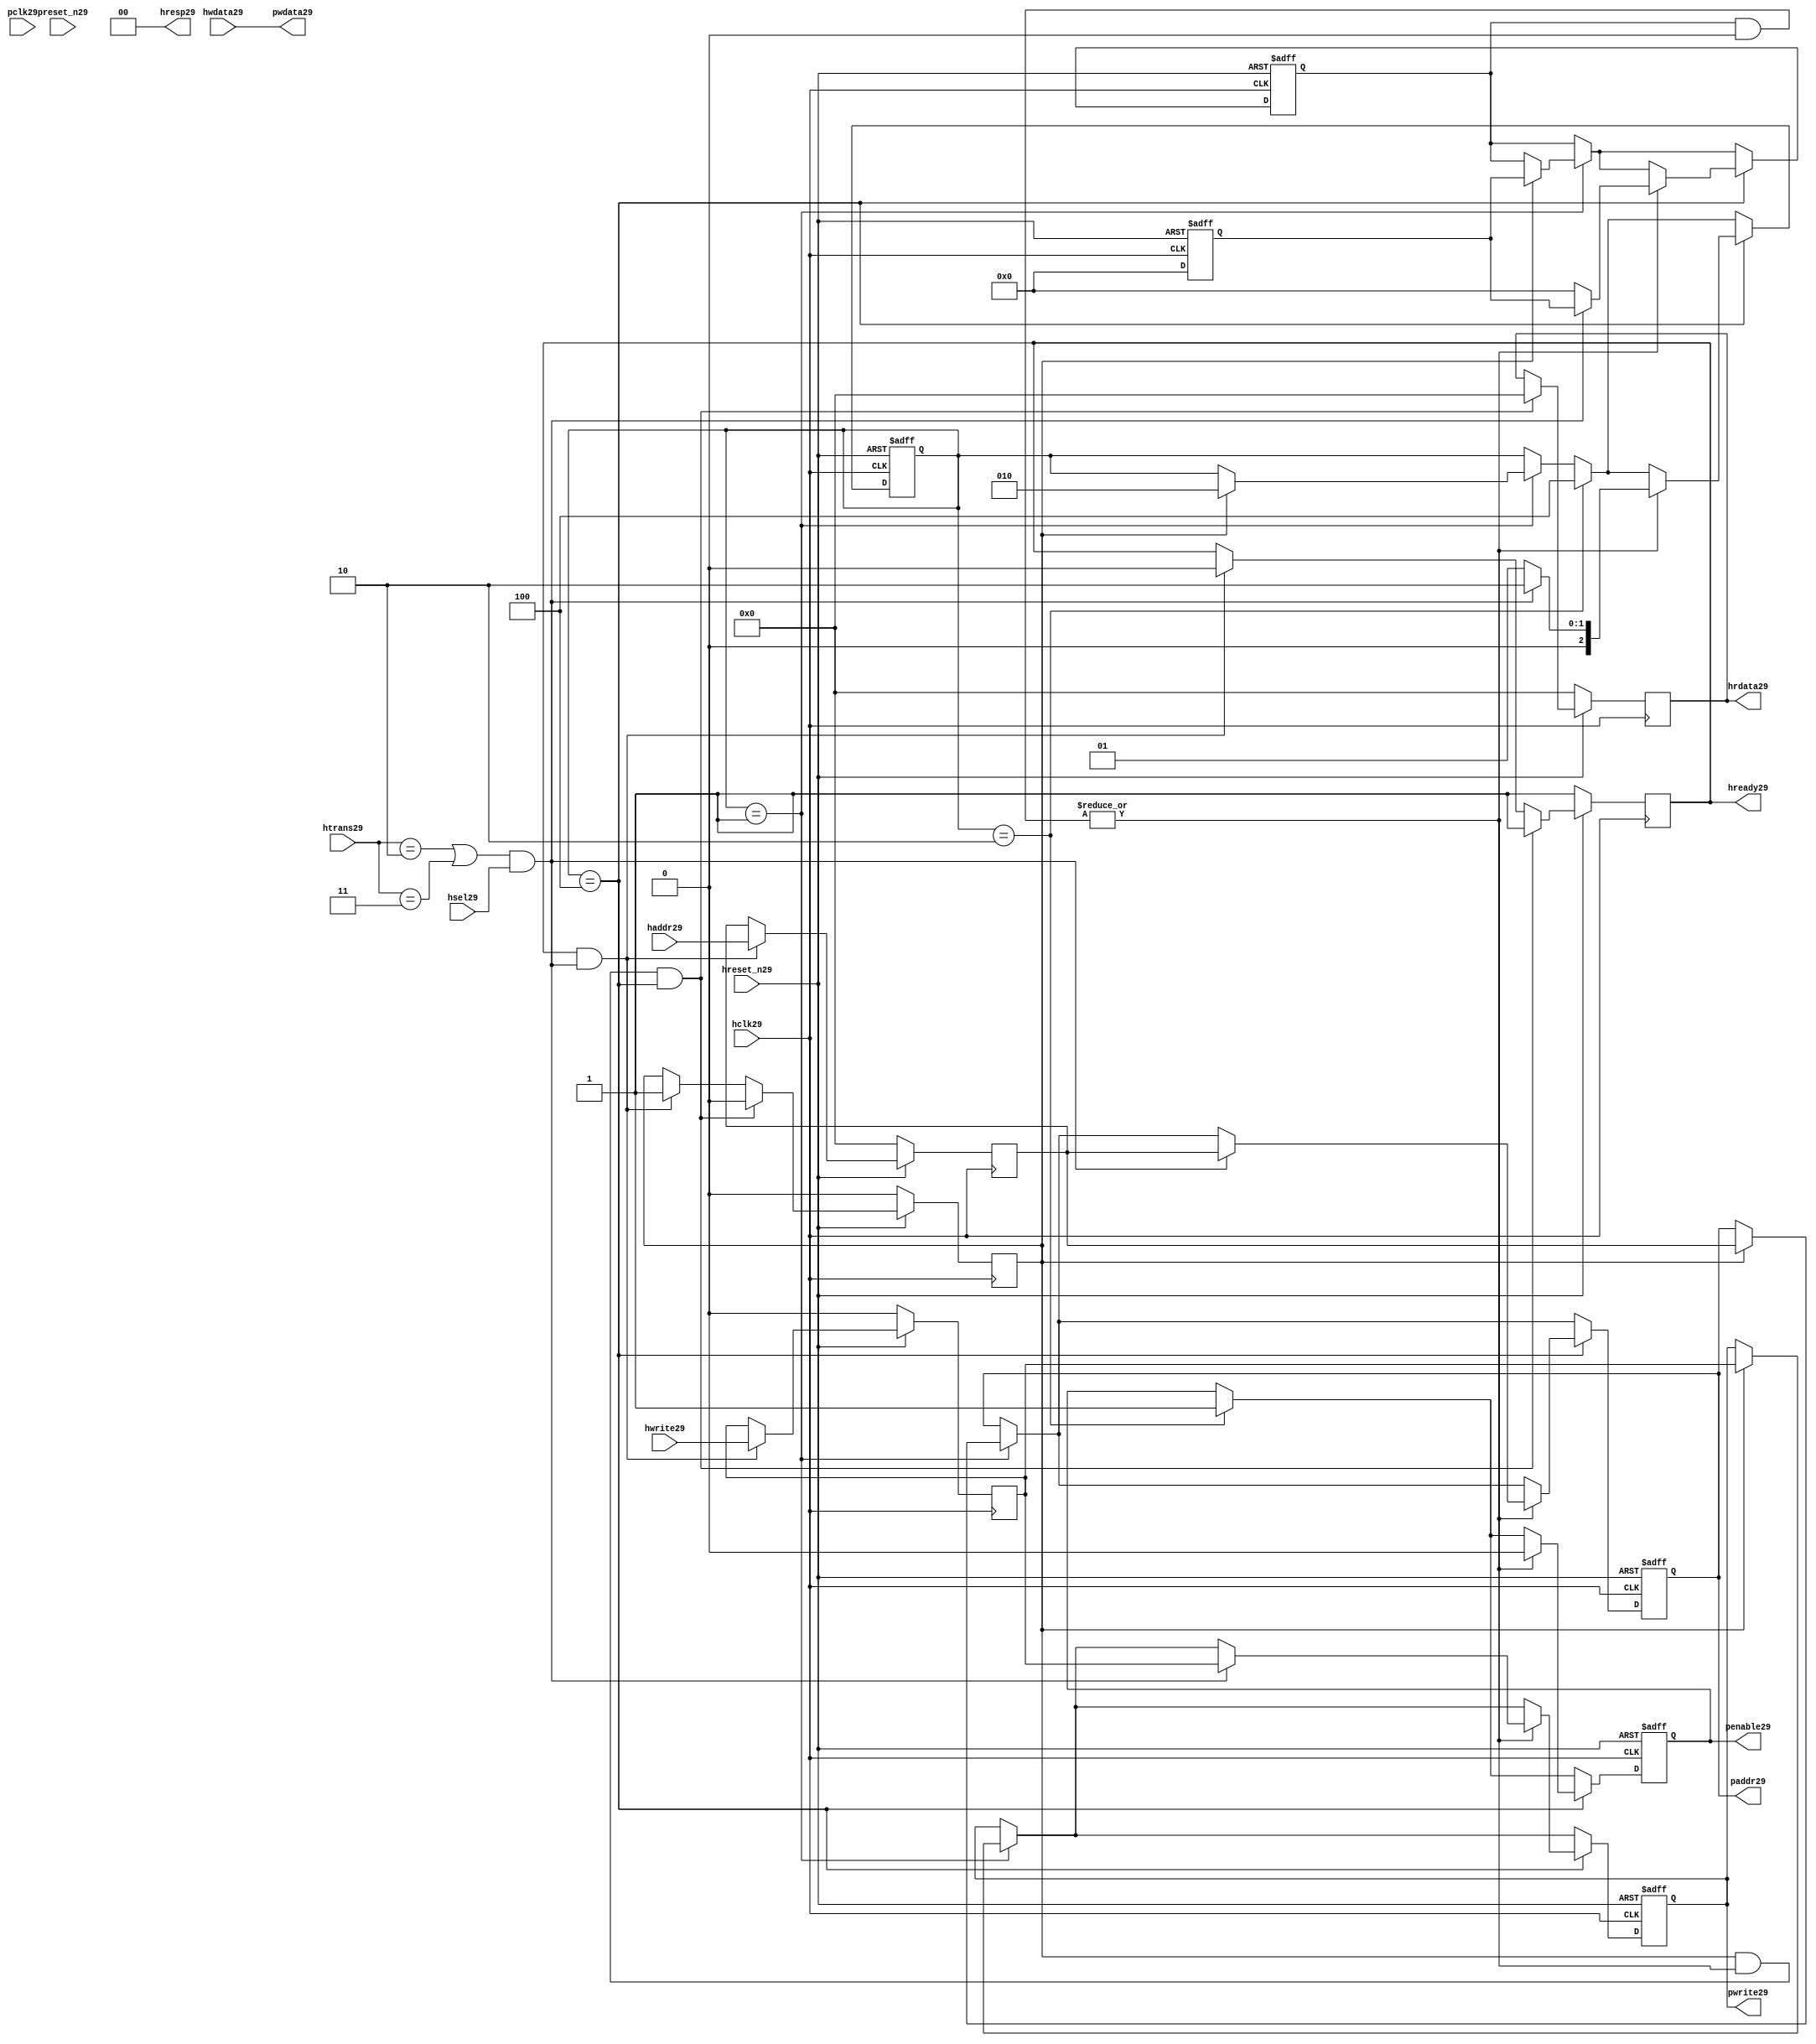
module ahb2apb29
(
  // AHB29 signals29
  hclk29,
  hreset_n29,
  hsel29,
  haddr29,
  htrans29,
  hwdata29,
  hwrite29,
  hrdata29,
  hready29,
  hresp29,
  
  // APB29 signals29 common to all APB29 slaves29
  pclk29,
  preset_n29,
  paddr29,
  penable29,
  pwrite29,
  pwdata29
  
  // Slave29 0 signals29
  `ifdef APB_SLAVE029
  ,psel029
  ,pready029
  ,prdata029
  `endif
  
  // Slave29 1 signals29
  `ifdef APB_SLAVE129
  ,psel129
  ,pready129
  ,prdata129
  `endif
  
  // Slave29 2 signals29
  `ifdef APB_SLAVE229
  ,psel229
  ,pready229
  ,prdata229
  `endif
  
  // Slave29 3 signals29
  `ifdef APB_SLAVE329
  ,psel329
  ,pready329
  ,prdata329
  `endif
  
  // Slave29 4 signals29
  `ifdef APB_SLAVE429
  ,psel429
  ,pready429
  ,prdata429
  `endif
  
  // Slave29 5 signals29
  `ifdef APB_SLAVE529
  ,psel529
  ,pready529
  ,prdata529
  `endif
  
  // Slave29 6 signals29
  `ifdef APB_SLAVE629
  ,psel629
  ,pready629
  ,prdata629
  `endif
  
  // Slave29 7 signals29
  `ifdef APB_SLAVE729
  ,psel729
  ,pready729
  ,prdata729
  `endif
  
  // Slave29 8 signals29
  `ifdef APB_SLAVE829
  ,psel829
  ,pready829
  ,prdata829
  `endif
  
  // Slave29 9 signals29
  `ifdef APB_SLAVE929
  ,psel929
  ,pready929
  ,prdata929
  `endif
  
  // Slave29 10 signals29
  `ifdef APB_SLAVE1029
  ,psel1029
  ,pready1029
  ,prdata1029
  `endif
  
  // Slave29 11 signals29
  `ifdef APB_SLAVE1129
  ,psel1129
  ,pready1129
  ,prdata1129
  `endif
  
  // Slave29 12 signals29
  `ifdef APB_SLAVE1229
  ,psel1229
  ,pready1229
  ,prdata1229
  `endif
  
  // Slave29 13 signals29
  `ifdef APB_SLAVE1329
  ,psel1329
  ,pready1329
  ,prdata1329
  `endif
  
  // Slave29 14 signals29
  `ifdef APB_SLAVE1429
  ,psel1429
  ,pready1429
  ,prdata1429
  `endif
  
  // Slave29 15 signals29
  `ifdef APB_SLAVE1529
  ,psel1529
  ,pready1529
  ,prdata1529
  `endif
  
);

parameter 
  APB_SLAVE0_START_ADDR29  = 32'h00000000,
  APB_SLAVE0_END_ADDR29    = 32'h00000000,
  APB_SLAVE1_START_ADDR29  = 32'h00000000,
  APB_SLAVE1_END_ADDR29    = 32'h00000000,
  APB_SLAVE2_START_ADDR29  = 32'h00000000,
  APB_SLAVE2_END_ADDR29    = 32'h00000000,
  APB_SLAVE3_START_ADDR29  = 32'h00000000,
  APB_SLAVE3_END_ADDR29    = 32'h00000000,
  APB_SLAVE4_START_ADDR29  = 32'h00000000,
  APB_SLAVE4_END_ADDR29    = 32'h00000000,
  APB_SLAVE5_START_ADDR29  = 32'h00000000,
  APB_SLAVE5_END_ADDR29    = 32'h00000000,
  APB_SLAVE6_START_ADDR29  = 32'h00000000,
  APB_SLAVE6_END_ADDR29    = 32'h00000000,
  APB_SLAVE7_START_ADDR29  = 32'h00000000,
  APB_SLAVE7_END_ADDR29    = 32'h00000000,
  APB_SLAVE8_START_ADDR29  = 32'h00000000,
  APB_SLAVE8_END_ADDR29    = 32'h00000000,
  APB_SLAVE9_START_ADDR29  = 32'h00000000,
  APB_SLAVE9_END_ADDR29    = 32'h00000000,
  APB_SLAVE10_START_ADDR29  = 32'h00000000,
  APB_SLAVE10_END_ADDR29    = 32'h00000000,
  APB_SLAVE11_START_ADDR29  = 32'h00000000,
  APB_SLAVE11_END_ADDR29    = 32'h00000000,
  APB_SLAVE12_START_ADDR29  = 32'h00000000,
  APB_SLAVE12_END_ADDR29    = 32'h00000000,
  APB_SLAVE13_START_ADDR29  = 32'h00000000,
  APB_SLAVE13_END_ADDR29    = 32'h00000000,
  APB_SLAVE14_START_ADDR29  = 32'h00000000,
  APB_SLAVE14_END_ADDR29    = 32'h00000000,
  APB_SLAVE15_START_ADDR29  = 32'h00000000,
  APB_SLAVE15_END_ADDR29    = 32'h00000000;

  // AHB29 signals29
input        hclk29;
input        hreset_n29;
input        hsel29;
input[31:0]  haddr29;
input[1:0]   htrans29;
input[31:0]  hwdata29;
input        hwrite29;
output[31:0] hrdata29;
reg   [31:0] hrdata29;
output       hready29;
output[1:0]  hresp29;
  
  // APB29 signals29 common to all APB29 slaves29
input       pclk29;
input       preset_n29;
output[31:0] paddr29;
reg   [31:0] paddr29;
output       penable29;
reg          penable29;
output       pwrite29;
reg          pwrite29;
output[31:0] pwdata29;
  
  // Slave29 0 signals29
`ifdef APB_SLAVE029
  output      psel029;
  input       pready029;
  input[31:0] prdata029;
`endif
  
  // Slave29 1 signals29
`ifdef APB_SLAVE129
  output      psel129;
  input       pready129;
  input[31:0] prdata129;
`endif
  
  // Slave29 2 signals29
`ifdef APB_SLAVE229
  output      psel229;
  input       pready229;
  input[31:0] prdata229;
`endif
  
  // Slave29 3 signals29
`ifdef APB_SLAVE329
  output      psel329;
  input       pready329;
  input[31:0] prdata329;
`endif
  
  // Slave29 4 signals29
`ifdef APB_SLAVE429
  output      psel429;
  input       pready429;
  input[31:0] prdata429;
`endif
  
  // Slave29 5 signals29
`ifdef APB_SLAVE529
  output      psel529;
  input       pready529;
  input[31:0] prdata529;
`endif
  
  // Slave29 6 signals29
`ifdef APB_SLAVE629
  output      psel629;
  input       pready629;
  input[31:0] prdata629;
`endif
  
  // Slave29 7 signals29
`ifdef APB_SLAVE729
  output      psel729;
  input       pready729;
  input[31:0] prdata729;
`endif
  
  // Slave29 8 signals29
`ifdef APB_SLAVE829
  output      psel829;
  input       pready829;
  input[31:0] prdata829;
`endif
  
  // Slave29 9 signals29
`ifdef APB_SLAVE929
  output      psel929;
  input       pready929;
  input[31:0] prdata929;
`endif
  
  // Slave29 10 signals29
`ifdef APB_SLAVE1029
  output      psel1029;
  input       pready1029;
  input[31:0] prdata1029;
`endif
  
  // Slave29 11 signals29
`ifdef APB_SLAVE1129
  output      psel1129;
  input       pready1129;
  input[31:0] prdata1129;
`endif
  
  // Slave29 12 signals29
`ifdef APB_SLAVE1229
  output      psel1229;
  input       pready1229;
  input[31:0] prdata1229;
`endif
  
  // Slave29 13 signals29
`ifdef APB_SLAVE1329
  output      psel1329;
  input       pready1329;
  input[31:0] prdata1329;
`endif
  
  // Slave29 14 signals29
`ifdef APB_SLAVE1429
  output      psel1429;
  input       pready1429;
  input[31:0] prdata1429;
`endif
  
  // Slave29 15 signals29
`ifdef APB_SLAVE1529
  output      psel1529;
  input       pready1529;
  input[31:0] prdata1529;
`endif
 
reg         ahb_addr_phase29;
reg         ahb_data_phase29;
wire        valid_ahb_trans29;
wire        pready_muxed29;
wire [31:0] prdata_muxed29;
reg  [31:0] haddr_reg29;
reg         hwrite_reg29;
reg  [2:0]  apb_state29;
wire [2:0]  apb_state_idle29;
wire [2:0]  apb_state_setup29;
wire [2:0]  apb_state_access29;
reg  [15:0] slave_select29;
wire [15:0] pready_vector29;
reg  [15:0] psel_vector29;
wire [31:0] prdata0_q29;
wire [31:0] prdata1_q29;
wire [31:0] prdata2_q29;
wire [31:0] prdata3_q29;
wire [31:0] prdata4_q29;
wire [31:0] prdata5_q29;
wire [31:0] prdata6_q29;
wire [31:0] prdata7_q29;
wire [31:0] prdata8_q29;
wire [31:0] prdata9_q29;
wire [31:0] prdata10_q29;
wire [31:0] prdata11_q29;
wire [31:0] prdata12_q29;
wire [31:0] prdata13_q29;
wire [31:0] prdata14_q29;
wire [31:0] prdata15_q29;

// assign pclk29     = hclk29;
// assign preset_n29 = hreset_n29;
assign hready29   = ahb_addr_phase29;
assign pwdata29   = hwdata29;
assign hresp29  = 2'b00;

// Respond29 to NONSEQ29 or SEQ transfers29
assign valid_ahb_trans29 = ((htrans29 == 2'b10) || (htrans29 == 2'b11)) && (hsel29 == 1'b1);

always @(posedge hclk29) begin
  if (hreset_n29 == 1'b0) begin
    ahb_addr_phase29 <= 1'b1;
    ahb_data_phase29 <= 1'b0;
    haddr_reg29      <= 'b0;
    hwrite_reg29     <= 1'b0;
    hrdata29         <= 'b0;
  end
  else begin
    if (ahb_addr_phase29 == 1'b1 && valid_ahb_trans29 == 1'b1) begin
      ahb_addr_phase29 <= 1'b0;
      ahb_data_phase29 <= 1'b1;
      haddr_reg29      <= haddr29;
      hwrite_reg29     <= hwrite29;
    end
    if (ahb_data_phase29 == 1'b1 && pready_muxed29 == 1'b1 && apb_state29 == apb_state_access29) begin
      ahb_addr_phase29 <= 1'b1;
      ahb_data_phase29 <= 1'b0;
      hrdata29         <= prdata_muxed29;
    end
  end
end

// APB29 state machine29 state definitions29
assign apb_state_idle29   = 3'b001;
assign apb_state_setup29  = 3'b010;
assign apb_state_access29 = 3'b100;

// APB29 state machine29
always @(posedge hclk29 or negedge hreset_n29) begin
  if (hreset_n29 == 1'b0) begin
    apb_state29   <= apb_state_idle29;
    psel_vector29 <= 1'b0;
    penable29     <= 1'b0;
    paddr29       <= 1'b0;
    pwrite29      <= 1'b0;
  end  
  else begin
    
    // IDLE29 -> SETUP29
    if (apb_state29 == apb_state_idle29) begin
      if (ahb_data_phase29 == 1'b1) begin
        apb_state29   <= apb_state_setup29;
        psel_vector29 <= slave_select29;
        paddr29       <= haddr_reg29;
        pwrite29      <= hwrite_reg29;
      end  
    end
    
    // SETUP29 -> TRANSFER29
    if (apb_state29 == apb_state_setup29) begin
      apb_state29 <= apb_state_access29;
      penable29   <= 1'b1;
    end
    
    // TRANSFER29 -> SETUP29 or
    // TRANSFER29 -> IDLE29
    if (apb_state29 == apb_state_access29) begin
      if (pready_muxed29 == 1'b1) begin
      
        // TRANSFER29 -> SETUP29
        if (valid_ahb_trans29 == 1'b1) begin
          apb_state29   <= apb_state_setup29;
          penable29     <= 1'b0;
          psel_vector29 <= slave_select29;
          paddr29       <= haddr_reg29;
          pwrite29      <= hwrite_reg29;
        end  
        
        // TRANSFER29 -> IDLE29
        else begin
          apb_state29   <= apb_state_idle29;      
          penable29     <= 1'b0;
          psel_vector29 <= 'b0;
        end  
      end
    end
    
  end
end

always @(posedge hclk29 or negedge hreset_n29) begin
  if (hreset_n29 == 1'b0)
    slave_select29 <= 'b0;
  else begin  
  `ifdef APB_SLAVE029
     slave_select29[0]   <= valid_ahb_trans29 && (haddr29 >= APB_SLAVE0_START_ADDR29)  && (haddr29 <= APB_SLAVE0_END_ADDR29);
   `else
     slave_select29[0]   <= 1'b0;
   `endif
   
   `ifdef APB_SLAVE129
     slave_select29[1]   <= valid_ahb_trans29 && (haddr29 >= APB_SLAVE1_START_ADDR29)  && (haddr29 <= APB_SLAVE1_END_ADDR29);
   `else
     slave_select29[1]   <= 1'b0;
   `endif  
     
   `ifdef APB_SLAVE229  
     slave_select29[2]   <= valid_ahb_trans29 && (haddr29 >= APB_SLAVE2_START_ADDR29)  && (haddr29 <= APB_SLAVE2_END_ADDR29);
   `else
     slave_select29[2]   <= 1'b0;
   `endif  
     
   `ifdef APB_SLAVE329  
     slave_select29[3]   <= valid_ahb_trans29 && (haddr29 >= APB_SLAVE3_START_ADDR29)  && (haddr29 <= APB_SLAVE3_END_ADDR29);
   `else
     slave_select29[3]   <= 1'b0;
   `endif  
     
   `ifdef APB_SLAVE429  
     slave_select29[4]   <= valid_ahb_trans29 && (haddr29 >= APB_SLAVE4_START_ADDR29)  && (haddr29 <= APB_SLAVE4_END_ADDR29);
   `else
     slave_select29[4]   <= 1'b0;
   `endif  
     
   `ifdef APB_SLAVE529  
     slave_select29[5]   <= valid_ahb_trans29 && (haddr29 >= APB_SLAVE5_START_ADDR29)  && (haddr29 <= APB_SLAVE5_END_ADDR29);
   `else
     slave_select29[5]   <= 1'b0;
   `endif  
     
   `ifdef APB_SLAVE629  
     slave_select29[6]   <= valid_ahb_trans29 && (haddr29 >= APB_SLAVE6_START_ADDR29)  && (haddr29 <= APB_SLAVE6_END_ADDR29);
   `else
     slave_select29[6]   <= 1'b0;
   `endif  
     
   `ifdef APB_SLAVE729  
     slave_select29[7]   <= valid_ahb_trans29 && (haddr29 >= APB_SLAVE7_START_ADDR29)  && (haddr29 <= APB_SLAVE7_END_ADDR29);
   `else
     slave_select29[7]   <= 1'b0;
   `endif  
     
   `ifdef APB_SLAVE829  
     slave_select29[8]   <= valid_ahb_trans29 && (haddr29 >= APB_SLAVE8_START_ADDR29)  && (haddr29 <= APB_SLAVE8_END_ADDR29);
   `else
     slave_select29[8]   <= 1'b0;
   `endif  
     
   `ifdef APB_SLAVE929  
     slave_select29[9]   <= valid_ahb_trans29 && (haddr29 >= APB_SLAVE9_START_ADDR29)  && (haddr29 <= APB_SLAVE9_END_ADDR29);
   `else
     slave_select29[9]   <= 1'b0;
   `endif  
     
   `ifdef APB_SLAVE1029  
     slave_select29[10]  <= valid_ahb_trans29 && (haddr29 >= APB_SLAVE10_START_ADDR29) && (haddr29 <= APB_SLAVE10_END_ADDR29);
   `else
     slave_select29[10]   <= 1'b0;
   `endif  
     
   `ifdef APB_SLAVE1129  
     slave_select29[11]  <= valid_ahb_trans29 && (haddr29 >= APB_SLAVE11_START_ADDR29) && (haddr29 <= APB_SLAVE11_END_ADDR29);
   `else
     slave_select29[11]   <= 1'b0;
   `endif  
     
   `ifdef APB_SLAVE1229  
     slave_select29[12]  <= valid_ahb_trans29 && (haddr29 >= APB_SLAVE12_START_ADDR29) && (haddr29 <= APB_SLAVE12_END_ADDR29);
   `else
     slave_select29[12]   <= 1'b0;
   `endif  
     
   `ifdef APB_SLAVE1329  
     slave_select29[13]  <= valid_ahb_trans29 && (haddr29 >= APB_SLAVE13_START_ADDR29) && (haddr29 <= APB_SLAVE13_END_ADDR29);
   `else
     slave_select29[13]   <= 1'b0;
   `endif  
     
   `ifdef APB_SLAVE1429  
     slave_select29[14]  <= valid_ahb_trans29 && (haddr29 >= APB_SLAVE14_START_ADDR29) && (haddr29 <= APB_SLAVE14_END_ADDR29);
   `else
     slave_select29[14]   <= 1'b0;
   `endif  
     
   `ifdef APB_SLAVE1529  
     slave_select29[15]  <= valid_ahb_trans29 && (haddr29 >= APB_SLAVE15_START_ADDR29) && (haddr29 <= APB_SLAVE15_END_ADDR29);
   `else
     slave_select29[15]   <= 1'b0;
   `endif  
  end
end

assign pready_muxed29 = |(psel_vector29 & pready_vector29);
assign prdata_muxed29 = prdata0_q29  | prdata1_q29  | prdata2_q29  | prdata3_q29  |
                      prdata4_q29  | prdata5_q29  | prdata6_q29  | prdata7_q29  |
                      prdata8_q29  | prdata9_q29  | prdata10_q29 | prdata11_q29 |
                      prdata12_q29 | prdata13_q29 | prdata14_q29 | prdata15_q29 ;

`ifdef APB_SLAVE029
  assign psel029            = psel_vector29[0];
  assign pready_vector29[0] = pready029;
  assign prdata0_q29        = (psel029 == 1'b1) ? prdata029 : 'b0;
`else
  assign pready_vector29[0] = 1'b0;
  assign prdata0_q29        = 'b0;
`endif

`ifdef APB_SLAVE129
  assign psel129            = psel_vector29[1];
  assign pready_vector29[1] = pready129;
  assign prdata1_q29        = (psel129 == 1'b1) ? prdata129 : 'b0;
`else
  assign pready_vector29[1] = 1'b0;
  assign prdata1_q29        = 'b0;
`endif

`ifdef APB_SLAVE229
  assign psel229            = psel_vector29[2];
  assign pready_vector29[2] = pready229;
  assign prdata2_q29        = (psel229 == 1'b1) ? prdata229 : 'b0;
`else
  assign pready_vector29[2] = 1'b0;
  assign prdata2_q29        = 'b0;
`endif

`ifdef APB_SLAVE329
  assign psel329            = psel_vector29[3];
  assign pready_vector29[3] = pready329;
  assign prdata3_q29        = (psel329 == 1'b1) ? prdata329 : 'b0;
`else
  assign pready_vector29[3] = 1'b0;
  assign prdata3_q29        = 'b0;
`endif

`ifdef APB_SLAVE429
  assign psel429            = psel_vector29[4];
  assign pready_vector29[4] = pready429;
  assign prdata4_q29        = (psel429 == 1'b1) ? prdata429 : 'b0;
`else
  assign pready_vector29[4] = 1'b0;
  assign prdata4_q29        = 'b0;
`endif

`ifdef APB_SLAVE529
  assign psel529            = psel_vector29[5];
  assign pready_vector29[5] = pready529;
  assign prdata5_q29        = (psel529 == 1'b1) ? prdata529 : 'b0;
`else
  assign pready_vector29[5] = 1'b0;
  assign prdata5_q29        = 'b0;
`endif

`ifdef APB_SLAVE629
  assign psel629            = psel_vector29[6];
  assign pready_vector29[6] = pready629;
  assign prdata6_q29        = (psel629 == 1'b1) ? prdata629 : 'b0;
`else
  assign pready_vector29[6] = 1'b0;
  assign prdata6_q29        = 'b0;
`endif

`ifdef APB_SLAVE729
  assign psel729            = psel_vector29[7];
  assign pready_vector29[7] = pready729;
  assign prdata7_q29        = (psel729 == 1'b1) ? prdata729 : 'b0;
`else
  assign pready_vector29[7] = 1'b0;
  assign prdata7_q29        = 'b0;
`endif

`ifdef APB_SLAVE829
  assign psel829            = psel_vector29[8];
  assign pready_vector29[8] = pready829;
  assign prdata8_q29        = (psel829 == 1'b1) ? prdata829 : 'b0;
`else
  assign pready_vector29[8] = 1'b0;
  assign prdata8_q29        = 'b0;
`endif

`ifdef APB_SLAVE929
  assign psel929            = psel_vector29[9];
  assign pready_vector29[9] = pready929;
  assign prdata9_q29        = (psel929 == 1'b1) ? prdata929 : 'b0;
`else
  assign pready_vector29[9] = 1'b0;
  assign prdata9_q29        = 'b0;
`endif

`ifdef APB_SLAVE1029
  assign psel1029            = psel_vector29[10];
  assign pready_vector29[10] = pready1029;
  assign prdata10_q29        = (psel1029 == 1'b1) ? prdata1029 : 'b0;
`else
  assign pready_vector29[10] = 1'b0;
  assign prdata10_q29        = 'b0;
`endif

`ifdef APB_SLAVE1129
  assign psel1129            = psel_vector29[11];
  assign pready_vector29[11] = pready1129;
  assign prdata11_q29        = (psel1129 == 1'b1) ? prdata1129 : 'b0;
`else
  assign pready_vector29[11] = 1'b0;
  assign prdata11_q29        = 'b0;
`endif

`ifdef APB_SLAVE1229
  assign psel1229            = psel_vector29[12];
  assign pready_vector29[12] = pready1229;
  assign prdata12_q29        = (psel1229 == 1'b1) ? prdata1229 : 'b0;
`else
  assign pready_vector29[12] = 1'b0;
  assign prdata12_q29        = 'b0;
`endif

`ifdef APB_SLAVE1329
  assign psel1329            = psel_vector29[13];
  assign pready_vector29[13] = pready1329;
  assign prdata13_q29        = (psel1329 == 1'b1) ? prdata1329 : 'b0;
`else
  assign pready_vector29[13] = 1'b0;
  assign prdata13_q29        = 'b0;
`endif

`ifdef APB_SLAVE1429
  assign psel1429            = psel_vector29[14];
  assign pready_vector29[14] = pready1429;
  assign prdata14_q29        = (psel1429 == 1'b1) ? prdata1429 : 'b0;
`else
  assign pready_vector29[14] = 1'b0;
  assign prdata14_q29        = 'b0;
`endif

`ifdef APB_SLAVE1529
  assign psel1529            = psel_vector29[15];
  assign pready_vector29[15] = pready1529;
  assign prdata15_q29        = (psel1529 == 1'b1) ? prdata1529 : 'b0;
`else
  assign pready_vector29[15] = 1'b0;
  assign prdata15_q29        = 'b0;
`endif

endmodule